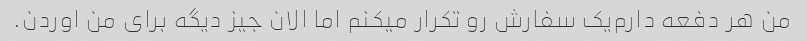
من هر دفعه دارم‌یک سفارش رو تکرار میکنم اما الان جیز دیگه برای من اوردن.